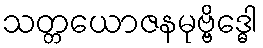
သတ္တယောဇနမုဗ္ဗိဒ္ဓေါ